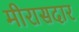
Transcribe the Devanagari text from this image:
मीरासदार